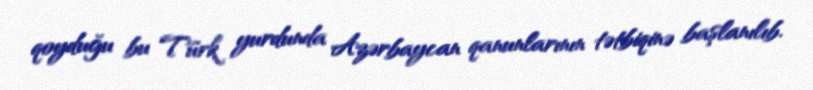
qoyduğu bu Türk yurdunda Azərbaycan qanunlarının tətbiqinə başlanılıb.